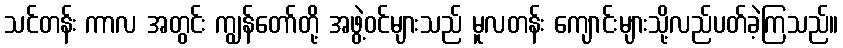
သင်တန်း ကာလ အတွင်း ကျွန်တော်တို့ အဖွဲ့ဝင်များသည် မူလတန်း ကျောင်းများသို့လည်ပတ်ခဲ့ကြသည်။